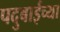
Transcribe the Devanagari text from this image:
पदुबाईच्या